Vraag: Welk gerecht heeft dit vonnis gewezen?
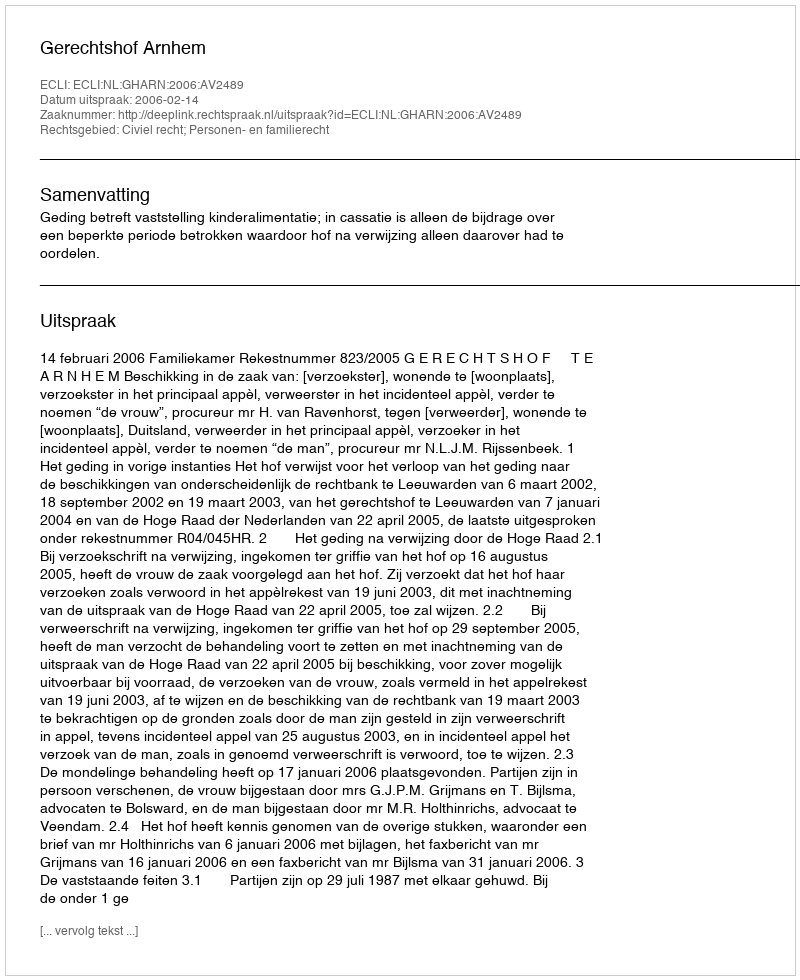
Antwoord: Gerechtshof Arnhem